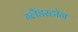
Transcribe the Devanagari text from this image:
ग्‍लैडस्‍टोन